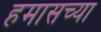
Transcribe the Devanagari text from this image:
हमासच्या